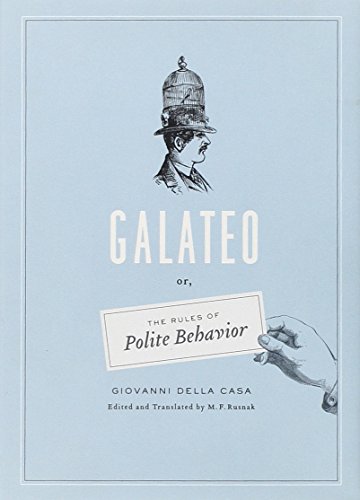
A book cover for Galateo: Or, The Rules of Polite Behavior; Giovanni Della Casa; Literature & Fiction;